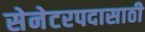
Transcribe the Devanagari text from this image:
सेनेटरपदासाठी